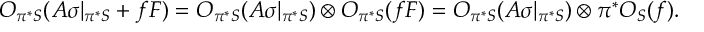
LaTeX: { \cal O } _ { \pi ^ { * } { \cal S } } ( A \sigma | _ { \pi ^ { * } { \cal S } } + f F ) = { \cal O } _ { \pi ^ { * } { \cal S } } ( A \sigma | _ { \pi ^ { * } { \cal S } } ) \otimes { \cal O } _ { \pi ^ { * } { \cal S } } ( f F ) = { \cal O } _ { \pi ^ { * } { \cal S } } ( A \sigma | _ { \pi ^ { * } { \cal S } } ) \otimes \pi ^ { * } { \cal O } _ { { \cal S } } ( f ) .